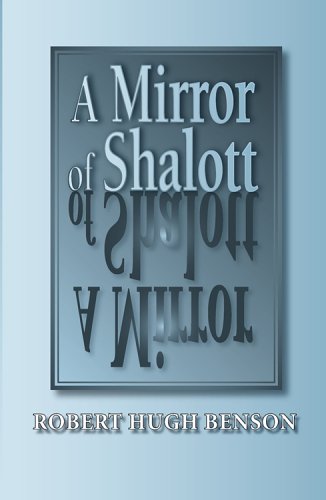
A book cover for A Mirror of Shalott; Robert Hugh Benson; Religion & Spirituality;